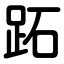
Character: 跖